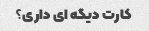
کارت دیگه ای داری؟